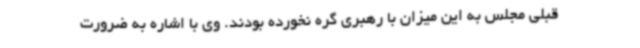
قبلی مجلس به این میزان با رهبری گره نخورده بودند. وی با اشاره به ضرورت